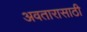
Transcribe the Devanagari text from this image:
अवतारासाठी